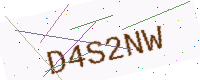
Text: D4S2NW